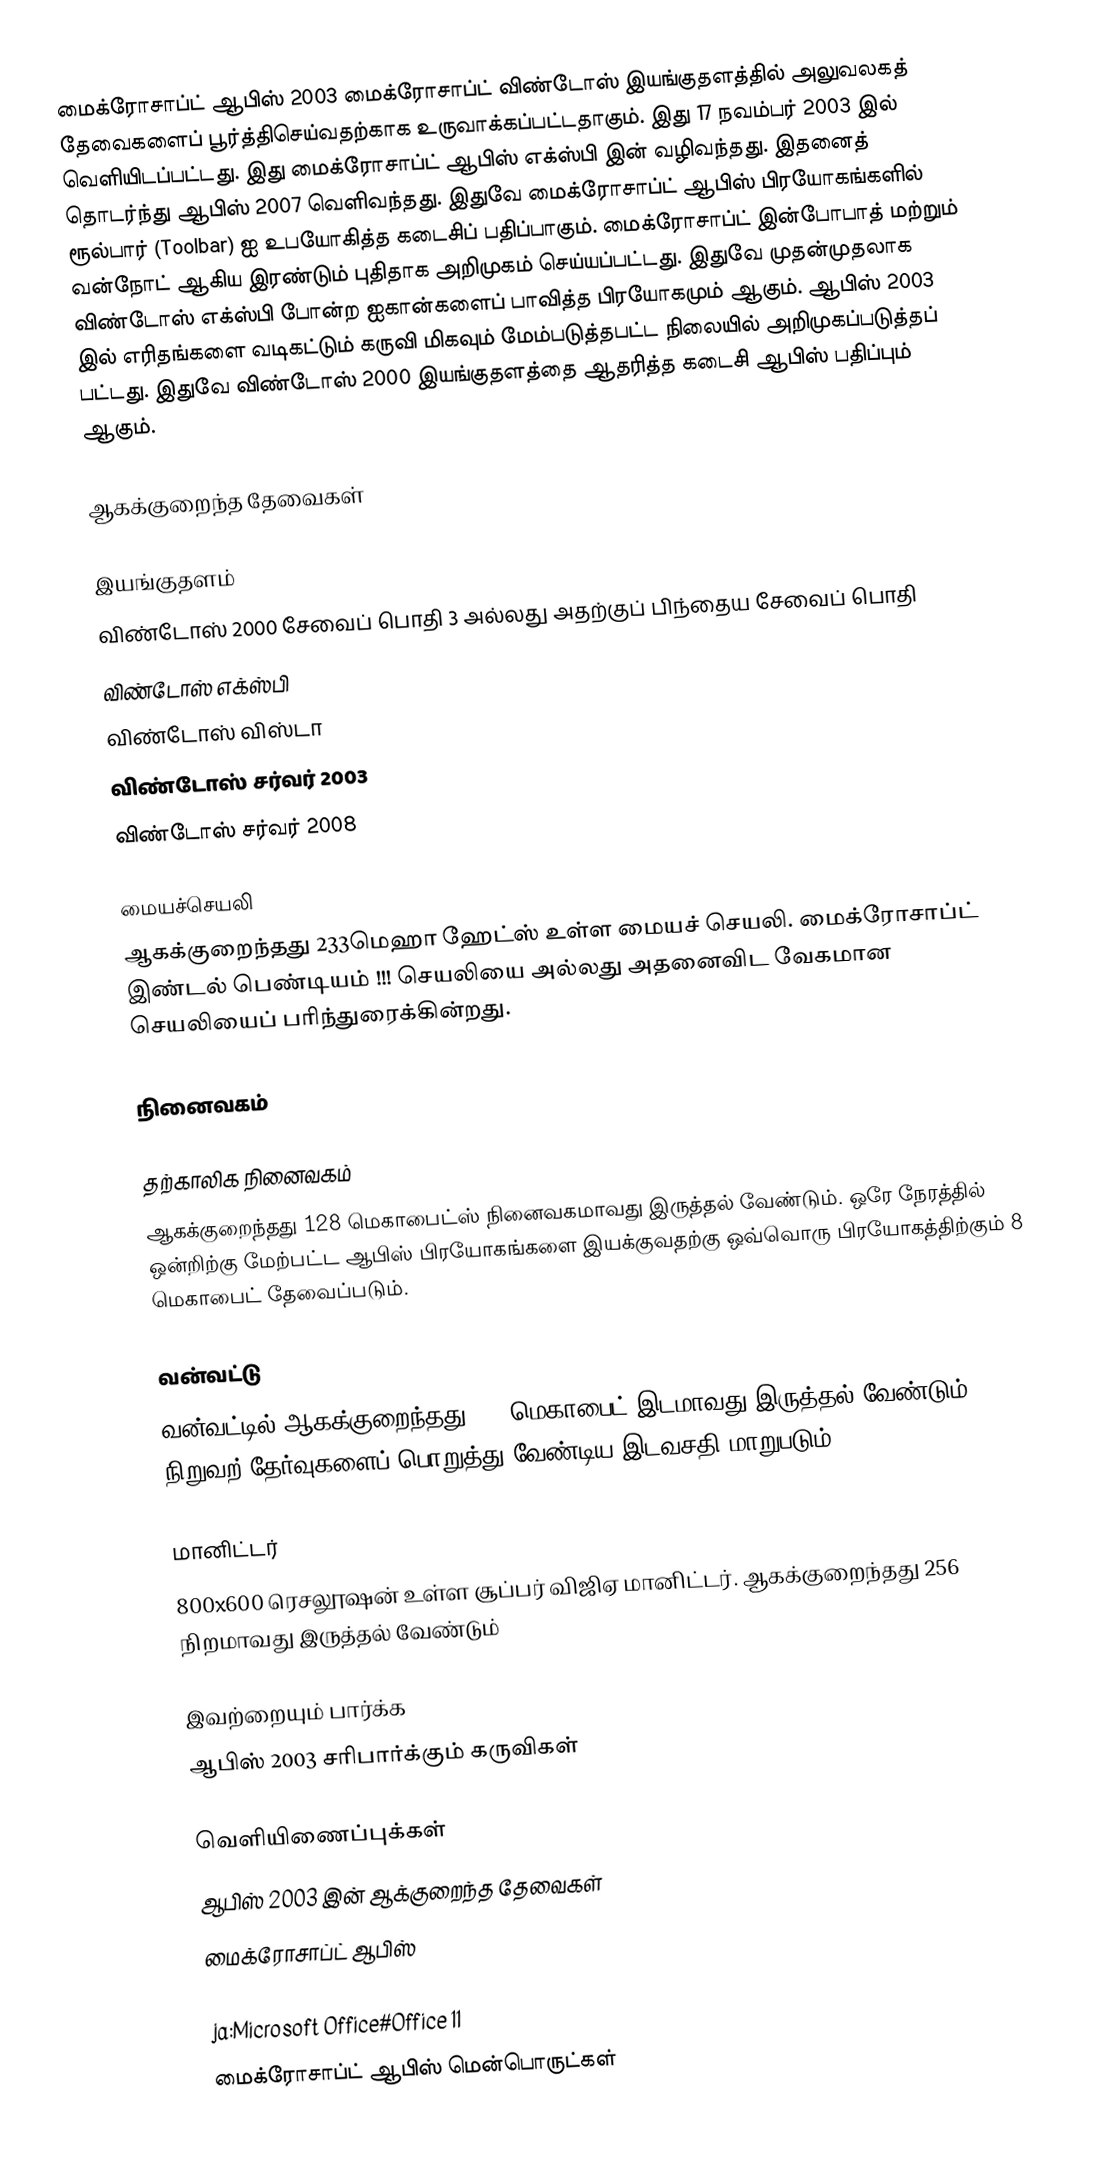
மைக்ரோசாப்ட் ஆபிஸ் 2003 மைக்ரோசாப்ட் விண்டோஸ் இயங்குதளத்தில் அலுவலகத் தேவைகளைப் பூர்த்திசெய்வதற்காக உருவாக்கப்பட்டதாகும். இது 17 நவம்பர் 2003 இல் வெளியிடப்பட்டது. இது மைக்ரோசாப்ட் ஆபிஸ் எக்ஸ்பி இன் வழிவந்தது. இதனைத் தொடர்ந்து ஆபிஸ் 2007 வெளிவந்தது. இதுவே மைக்ரோசாப்ட் ஆபிஸ் பிரயோகங்களில் ரூல்பார் (Toolbar) ஐ உபயோகித்த கடைசிப் பதிப்பாகும். மைக்ரோசாப்ட் இன்போபாத் மற்றும் வன்நோட் ஆகிய இரண்டும் புதிதாக அறிமுகம் செய்யப்பட்டது. இதுவே முதன்முதலாக விண்டோஸ் எக்ஸ்பி போன்ற ஐகான்களைப் பாவித்த பிரயோகமும் ஆகும். ஆபிஸ் 2003 இல் எரிதங்களை வடிகட்டும் கருவி மிகவும் மேம்படுத்தபட்ட நிலையில் அறிமுகப்படுத்தப் பட்டது. இதுவே விண்டோஸ் 2000 இயங்குதளத்தை ஆதரித்த கடைசி ஆபிஸ் பதிப்பும் ஆகும்.

ஆகக்குறைந்த தேவைகள்

இயங்குதளம்
விண்டோஸ் 2000 சேவைப் பொதி 3 அல்லது அதற்குப் பிந்தைய சேவைப் பொதி
விண்டோஸ் எக்ஸ்பி
விண்டோஸ் விஸ்டா
விண்டோஸ் சர்வர் 2003
விண்டோஸ் சர்வர் 2008

மையச்செயலி
ஆகக்குறைந்தது 233மெஹா ஹேட்ஸ் உள்ள மையச் செயலி. மைக்ரோசாப்ட் இண்டல் பெண்டியம் !!! செயலியை அல்லது அதனைவிட வேகமான செயலியைப் பரிந்துரைக்கின்றது.

நினைவகம்

தற்காலிக நினைவகம்
ஆகக்குறைந்தது 128 மெகாபைட்ஸ் நினைவகமாவது இருத்தல் வேண்டும். ஒரே நேரத்தில் ஒன்றிற்கு மேற்பட்ட ஆபிஸ் பிரயோகங்களை இயக்குவதற்கு ஒவ்வொரு பிரயோகத்திற்கும் 8 மெகாபைட் தேவைப்படும்.

வன்வட்டு
வன்வட்டில் ஆகக்குறைந்தது 400 மெகாபைட் இடமாவது இருத்தல் வேண்டும். நிறுவற் தேர்வுகளைப் பொறுத்து வேண்டிய இடவசதி மாறுபடும்.

மானிட்டர்
800x600 ரெசலூஷன் உள்ள சூப்பர் விஜிஏ மானிட்டர். ஆகக்குறைந்தது 256 நிறமாவது இருத்தல் வேண்டும்

இவற்றையும் பார்க்க
ஆபிஸ் 2003 சரிபார்க்கும் கருவிகள்

வெளியிணைப்புக்கள்
ஆபிஸ் 2003 இன் ஆக்குறைந்த தேவைகள்
மைக்ரோசாப்ட் ஆபிஸ்

ja:Microsoft Office#Office 11
மைக்ரோசாப்ட் ஆபிஸ் மென்பொருட்கள்